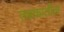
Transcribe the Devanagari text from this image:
तबकातील